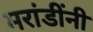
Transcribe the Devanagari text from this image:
मरांडींनी